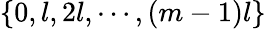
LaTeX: \{ 0,l,2l,\cdots,(m-1)l\}